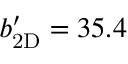
\ensuremath { b _ { \mathrm { 2 D } } ^ { \prime } } = 3 5 . 4